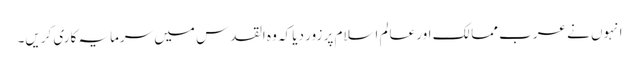
انہوں نے عرب ممالک اور عالم اسلام پر زور دیا کہ وہ القدس میں سرمایہ کاری کریں۔